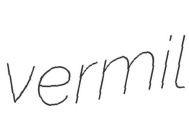
vermil